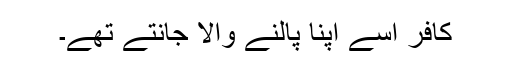
کافر اسے اپنا پالنے والا جانتے تھے۔